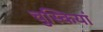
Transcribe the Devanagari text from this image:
चुस्कियां